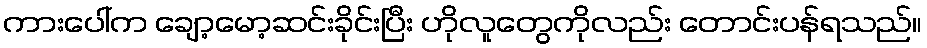
ကားပေါ်က ချော့မော့ဆင်းခိုင်းပြီး ဟိုလူတွေကိုလည်း တောင်းပန်ရသည်။